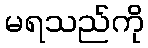
မရသည်ကို